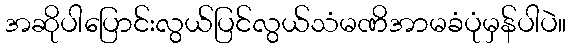
အဆိုပါပြောင်းလွယ်ပြင်လွယ်သံမဏိအာမခံပုံမှန်ပါပဲ။